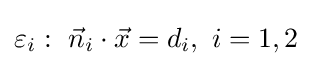
\varepsilon _{i}:\ {\vec {n}}_{i}\cdot {\vec {x}}=d_{i},\ i=1,2